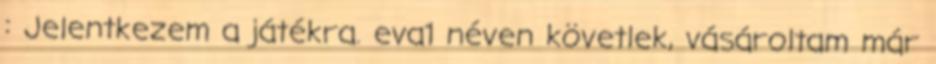
: Jelentkezem a játékra. eva1 néven követlek, vásároltam már